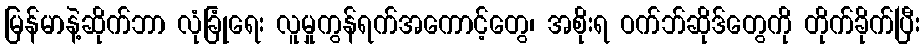
မြန်မာနဲ့ဆိုက်ဘာ လုံခြုံရေး လူမှုကွန်ရက်အကောင့်တွေ၊ အစိုးရ ဝက်ဘ်ဆိုဒ်တွေကို တိုက်ခိုက်ပြီး